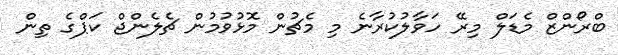
ބްރޯންޒް މެޑަލް މިރޭ ހަވާލުކުރާނެ މި މެޗުން މޮޅުވުމުން ޗެލެންޖް ކަޕްގެ ތިން